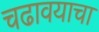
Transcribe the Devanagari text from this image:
चढावयाचा